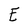
Character: E